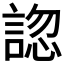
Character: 𧩓